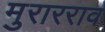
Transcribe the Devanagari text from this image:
मुरारराव